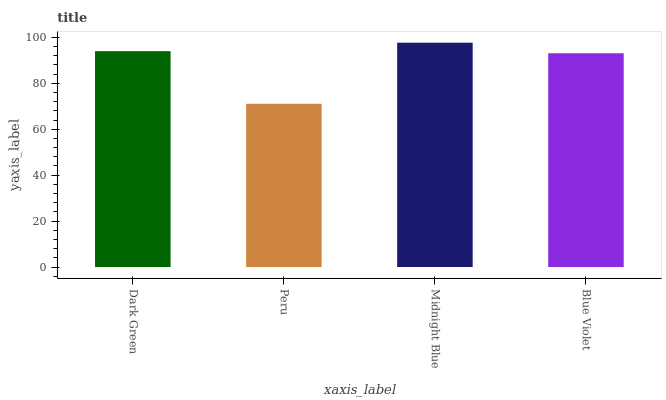
| xaxis_label | bars |
 | --- | --- |
 | Dark Green | 94 |
 | Peru | 71.1 |
 | Midnight Blue | 97.7 |
 | Blue Violet | 93.1 |